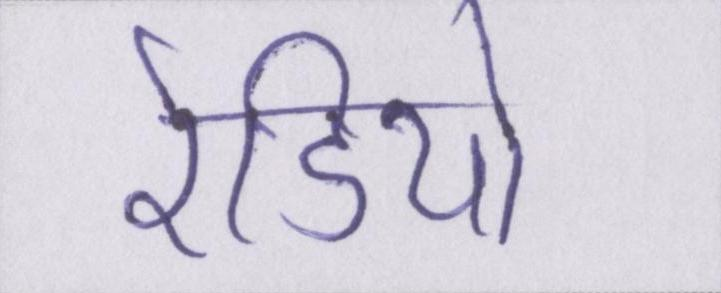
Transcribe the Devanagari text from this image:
रेडियो